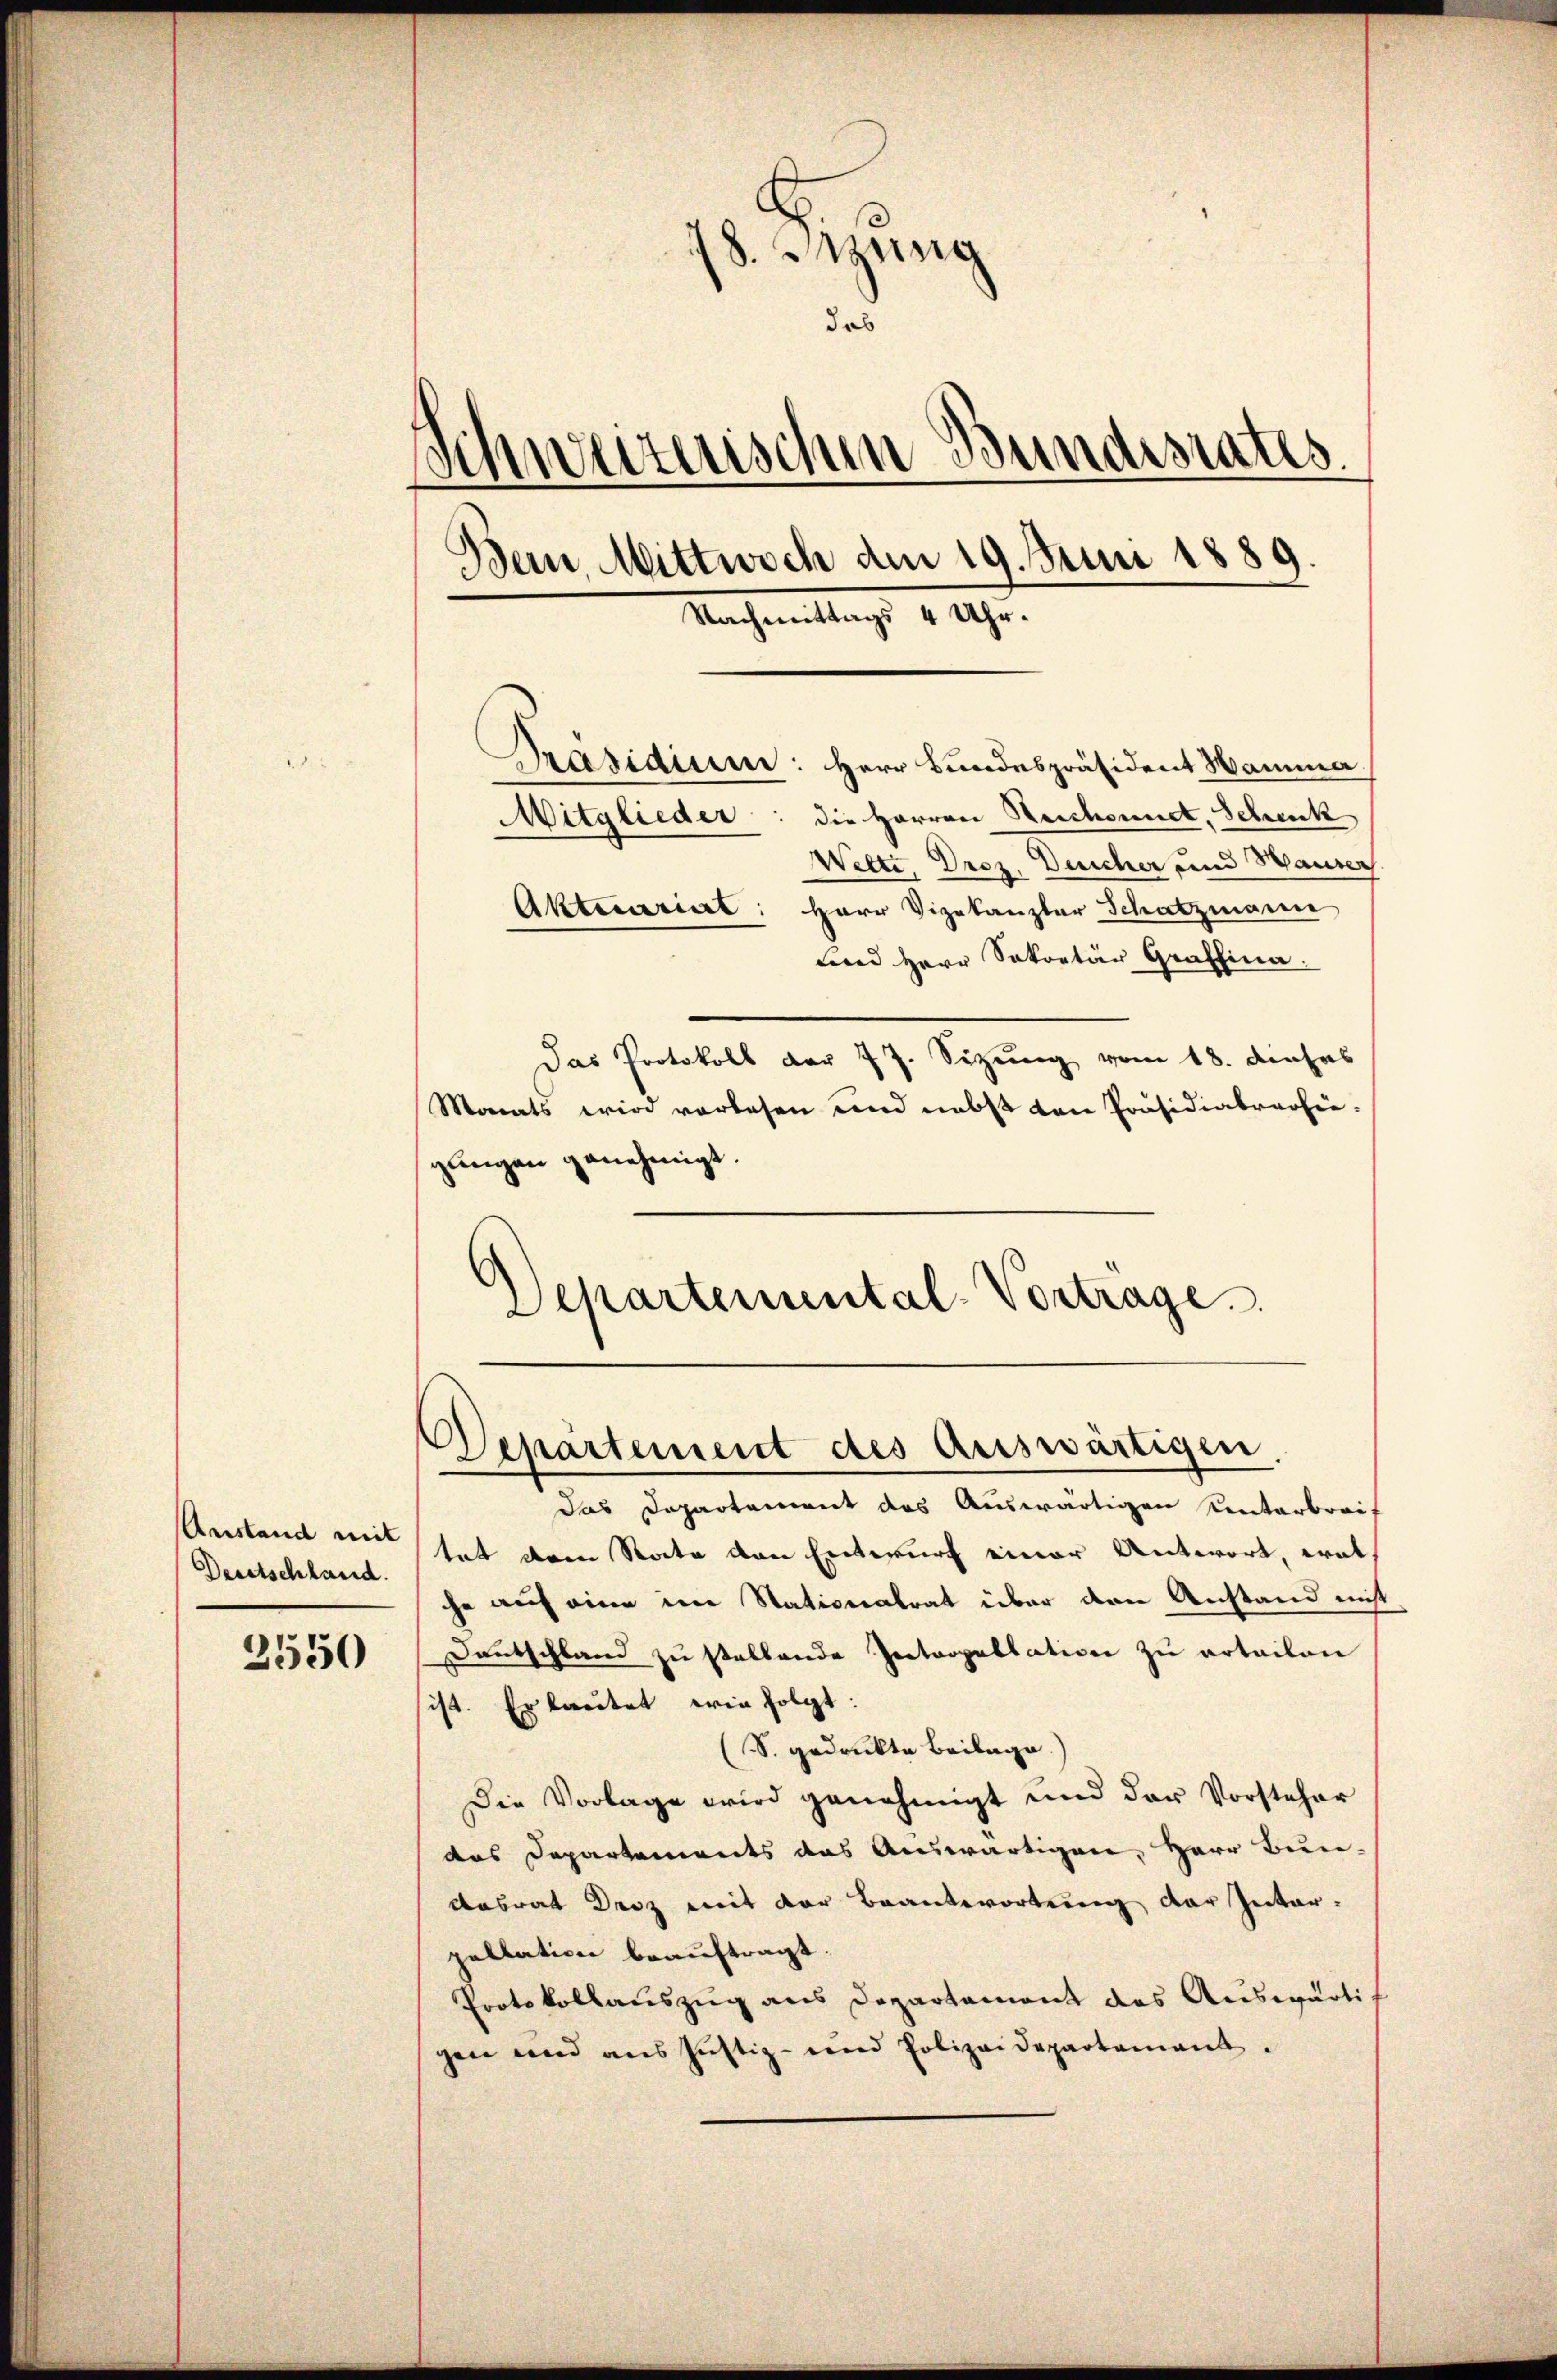
Aerstand mit
Deutschland.

2550

18. Jung
das
Schweizerischen Bundesrates.
Dein Mittwoch den 19. Juni 1889.
Nachmittags 4 Uhr.

Präsidium: Herr Bundespräsident Wamma
Mitglieder: die Herren Reichennet, Schenk
Wette, Droz. Deucher und Hauser.
Aktecariat: Herr Vizekanzler Schatzmann
und Herr Sekretär Graffina
Das Protokoll der 7 J. Sizung vom 18. dieses
Monats wird vorlesen und nebst von Präsidialverhie
gungen genehmigt.
Departemental-Vorträge

Das Departement das Auswärtigen Centerbreif
tat dem Rate den Entwurf einer Antwort, wol
che auf eine im Nationalrat über den Anstand nicht
Deutschland zu stellende Zectropellation zu ertailen
ist. Er lautet wie folgt:
(S. gedruckte Beilage.
Die Vorlage wird genehmigt und der Vorsteher
das Departements das Auswärtigen, Herr Bun-
Aasrat Droz mit der Beantwortung der Inter-
pellation beauftragt.
Protokollauszug aus Departament das Auswärti
gen und aus Justiz- und Polizeidepartement.

Departement des Auswärtigen.